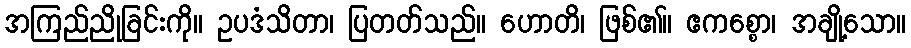
အကြည်ညိုခြင်းကို။ ဥပဒံသိတာ၊ ပြတတ်သည်။ ဟောတိ၊ ဖြစ်၏။ ဧကစ္စော၊ အချို့သော။